Medical and sanitary report of the native army of Madras for the year
Year: 1875
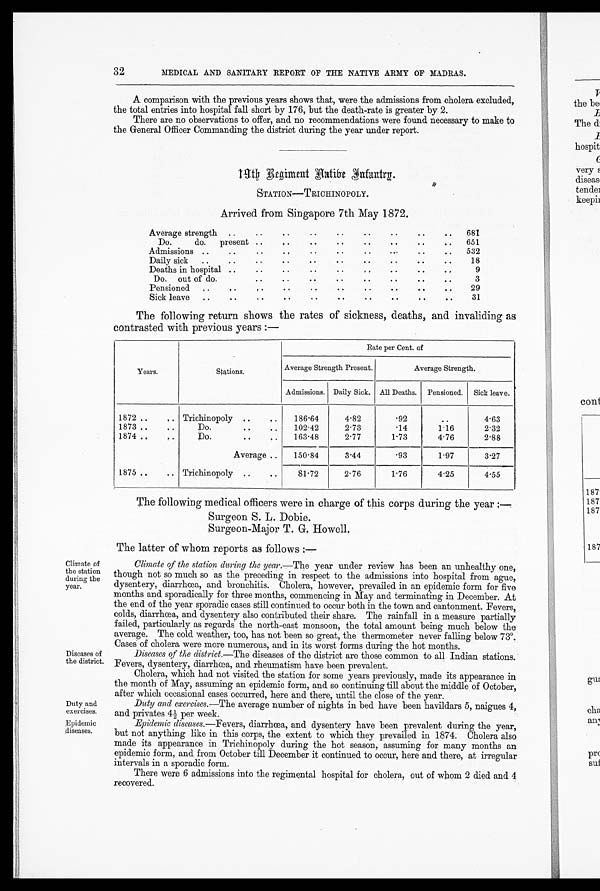
32
MEDICAL AND SANITARY REPORT OF THE NATIVE ARMY OF MADRAS.
A comparison with the previous years shows that, were the admissions from cholera excluded,
the total entries into hospital fall short by 176, but the death-rate is greater by 2.
There are no observations to offer, and no recommendations were found necessary to make to
the General Officer Commanding the district during the year under report.
1 9 t h R e g i m e n t N a t i v e I n f a n t r y .
STATION—TRICHINOPOLY.
Arrived from Singapore 7th May 1872.
Average strength
..
..
681
Do. do. present
651
Admissions ...
..
532
Daily sick
....
..
..
18
Deaths in hospital ....
..
..
. .
9
Do.
out of do.
..
..
..
. .
3
Pensioned
29
Sick leave
..
..
..
..
..
..
..
31
The following return shows the rates of sickness, deaths, and invaliding as
contrasted with previous years :—
Years.
Stations.
Rate per Cent. of
Average Strength Present.
Average Strength.
Admissions. Daily Sick. All Deaths.
Pensioned.
Sick leave.
1872 ..
Trichinopoly ..
186.64
4.82
.92
..
4.63
1873 ..
..
Do.
..
102.42
2.73
.14
1.16
2.32
1874 ..
Do.
. .
163.48
2.77
1.73
4.76
2.88
Average ..
150.84
3.44
.93
1.97
3.27
1875..
.. Trichinopoly
81.72
2.76
1.76
4.25
4.55
The following medical officers were in charge of this corps during the year :—
Surgeon S. L. Dobie.
Surgeon-Major T. G. Howell.
Climate of
the station
during the
year.
Diseases of
the district.
Duty and
exercises.
Epidemic
diseases.
The latter of whom reports as follows :—
Climate of the station during the year. —The year under review has been an unhealthy one,
though not so much so as the preceding in respect to the admissions into hospital from ague,
dysentery, diarrhœa, and bronchitis. Cholera, however, prevailed in an epidemic form for five
months and sporadically for three months, commencing in May and terminating in December. At
the end of the year sporadic cases still continued to occur both in the town and cantonment. Fevers,
colds, diarrhœa, and dysentery also contributed their share. The rainfall in a measure partially
failed, particularly as regards the north-east monsoon, the total amount being much below the
average. The cold weather, too, has not been so great, the thermometer never falling below 73°.
Cases of cholera were more numerous, and in its worst forms during the hot months.
Diseases of the district. —The diseases of the district are those common to all Indian stations.
Fevers, dysentery, diarrhœa, and rheumatism have been prevalent.
Cholera, which had not visited the station for some years previously, made its appearance in
the month of May, assuming an epidemic form, and so continuing till about the middle of October,
after which occasional cases occurred, here and there, until the close of the year.
Duty and exercises.—The average number of nights in bed have been havildars 5, naigues 4,
and privates 4½ per week.
Epidemic diseases. —Fevers, diarrhœa, and dysentery have been prevalent during the year,
but not anything like in this corps, the extent to which they prevailed in 1874. Cholera also
made its appearance in Trichinopoly during the hot season, assuming for many months an
epidemic form, and from October till December it continued to occur, here and there, at irregular
intervals in a sporadic form.
There were 6 admissions into the regimental hospital for cholera, out of whom 2 died and 4
recovered.